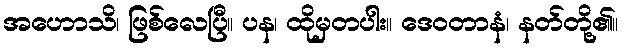
အဟောသိ၊ ဖြစ်လေပြီ။ ပန၊ ထိုမှတပါး။ ဒေဝတာနံ၊ နတ်တို့၏။